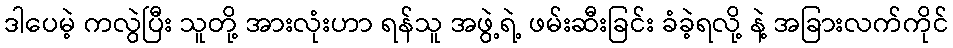
ဒါပေမဲ့ ကလွဲပြီး သူတို့ အားလုံးဟာ ရန်သူ အဖွဲ့ရဲ့ ဖမ်းဆီးခြင်း ခံခဲ့ရလို့ နဲ့ အခြားလက်ကိုင်